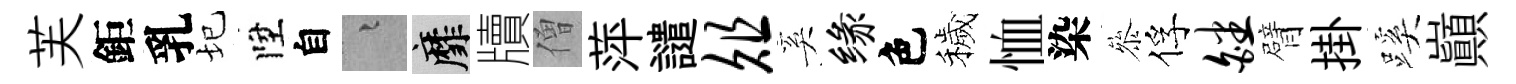
芙鉅乳圮陞自融靡牘僧萍譴俎奚缘色穢恤染叅俘皤臂掛蹊巔